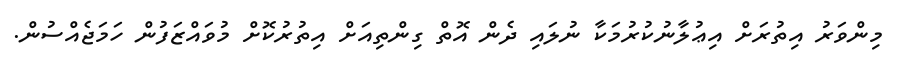
މިންވަރު އިތުރަށް އިޢުލާނުކުރުމަކާ ނުލައި ދެން އޮތް ގިންތިއަށް އިތުރުކޮށް މުވައްޒަފުން ހަމަޖެއްސުން.